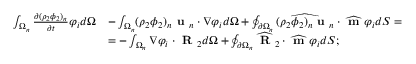
\begin{array} { r l } { \int _ { \Omega _ { n } } \frac { \partial ( \rho _ { 2 } \phi _ { 2 } ) _ { n } } { \partial t } \varphi _ { i } d \Omega } & { - \int _ { \Omega _ { n } } ( \rho _ { 2 } \phi _ { 2 } ) _ { n } \textbf { u } _ { n } \cdot \nabla \varphi _ { i } d \Omega + \oint _ { \partial \Omega _ { n } } \widehat { ( \rho _ { 2 } \phi _ { 2 } ) _ { n } \textbf { u } _ { n } } \cdot \widehat { \textbf { m } } \varphi _ { i } d S = } \\ & { = - \int _ { \Omega _ { n } } \nabla \varphi _ { i } \cdot \textbf { R } _ { 2 } d \Omega + \oint _ { \partial \Omega _ { n } } \widehat { \textbf { R } } _ { 2 } \cdot \widehat { \textbf { m } } \varphi _ { i } d S ; } \end{array}